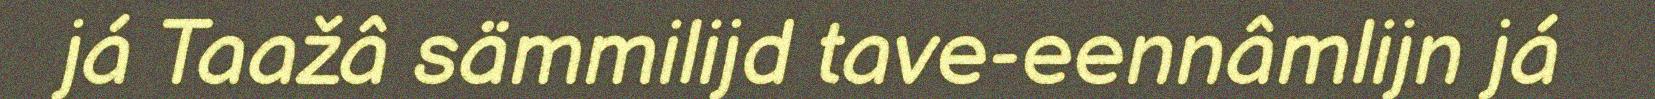
já Taažâ sämmilijd tave-eennâmlijn já